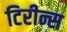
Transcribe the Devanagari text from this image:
टिरीन्स